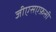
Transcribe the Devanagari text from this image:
जीएसएफ़सी